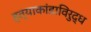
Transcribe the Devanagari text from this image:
हत्याकांडाविरुद्ध